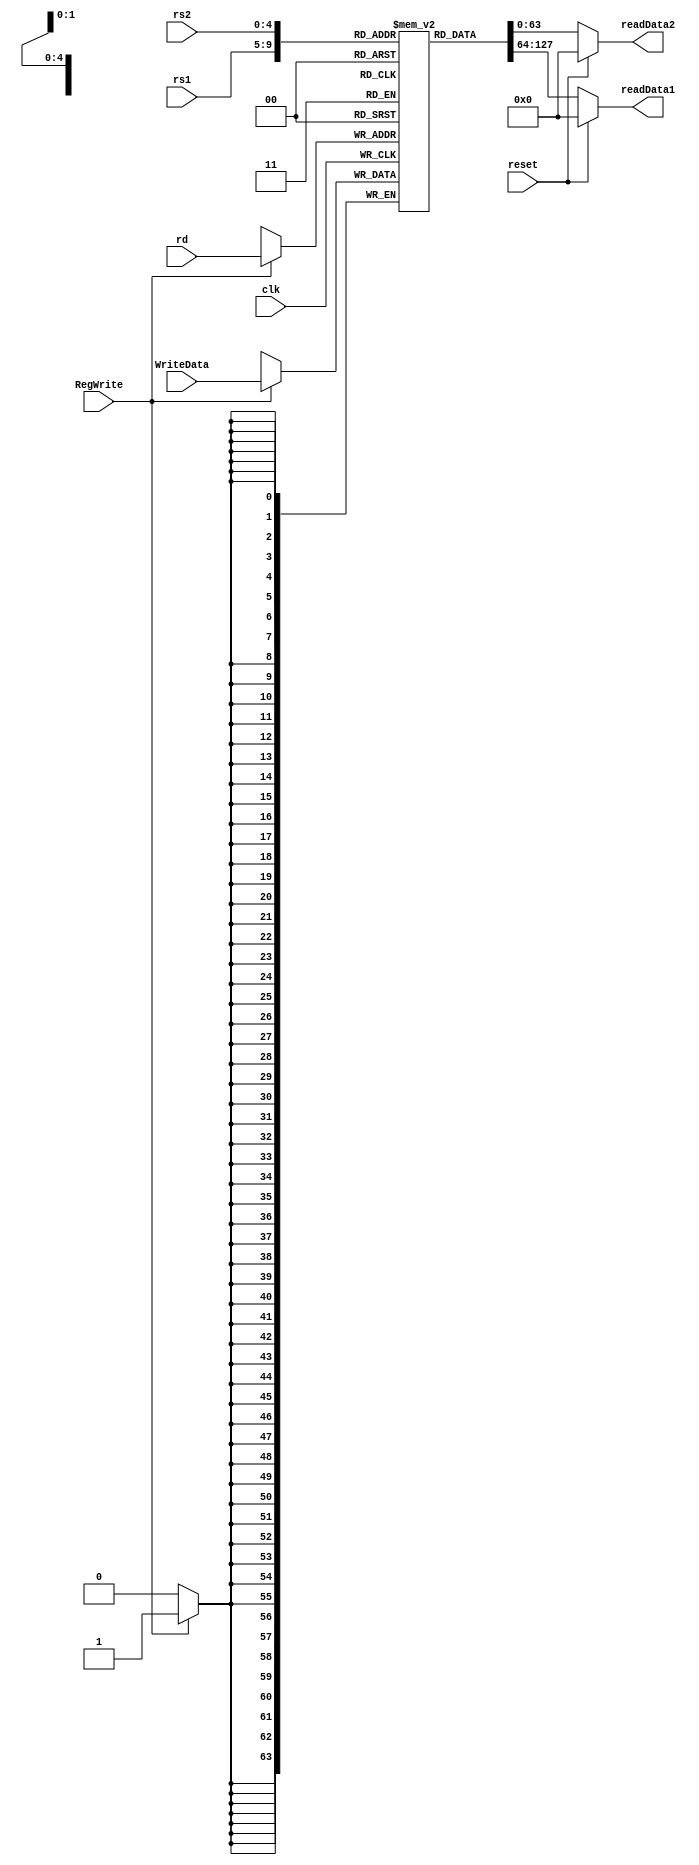
module registerFile(
	// TODO: input address ports for reading register 1 and 2 and writing data in destination register
	input [63:0] WriteData,
	input [4:0] rs1,
	input [4:0] rs2,
	input [4:0] rd,
	output reg [63:0] readData1,
	output reg [63:0] readData2,
	input clk, reset, RegWrite
);

reg [63:0] Registers [31:0];
initial
begin
Registers[0] = 0;
Registers[1] = 0;
Registers[2] = 0;
Registers[3] = 0;
Registers[4] = 0;
Registers[5] = 0;
Registers[6] = 0;
Registers[7] = 0;
Registers[8] = 0;
Registers[9] = 9;
Registers[10] = 0;
Registers[11] = 0;
Registers[12] = 0;
Registers[13] = 0;
Registers[14] = 0;
Registers[15] = 0;
Registers[16] = 0;
Registers[17] = 0;
Registers[18] = 0;
Registers[19] = 0;
Registers[20] = 0;
Registers[21] = 21;
Registers[22] = 0;
Registers[23] = 0;
Registers[24] = 0;
Registers[25] = 0;
Registers[26] = 0;
Registers[27] = 0;
Registers[28] = 0;
Registers[29] = 0;
Registers[30] = 0;
Registers[31] = 0;

end

always @ (posedge clk)
begin
	if (RegWrite) 
		Registers[rd] = WriteData;
end


always@(rs1 or rs2 or reset)
begin
	if (reset) 
		begin
			readData1 = 0;
			readData2 = 0;
		end
	else
		begin
			readData1 = Registers[rs1];
			readData2 = Registers[rs2];
		end
end


endmodule